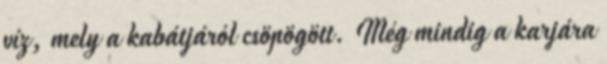
víz, mely a kabátjáról csöpögött. Még mindig a karjára